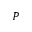
\boldsymbol { P }